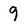
Character: 9